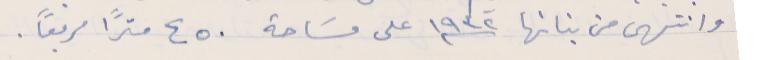
وانتهى من بنائها سنة ١٩٣٢ على مسَاحة ٤٥٠ متراً مربعاً .